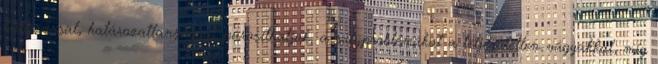
habozással, határozatlansággal párosíthatjuk, a súlyproblémákat a teljesületlen vágyakkal, míg